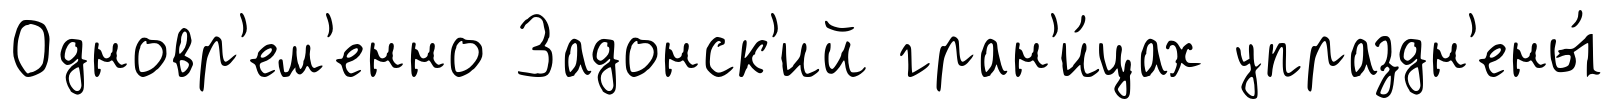
Одновр'ем'енно Задонск'ий гран'и́цах упраздн'ены́